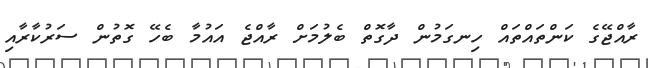
ރާއްޖޭގެ ކަންތައްތައް ހިނގަމުން ދާގޮތް ބެލުމަށް ރާއްޖެ އައުމާ ބެހޭ ގޮތުން ސަރުކާރާއި